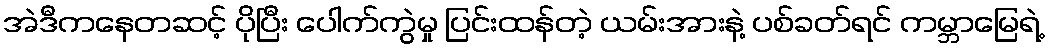
အဲဒီကနေတဆင့် ပိုပြီး ပေါက်ကွဲမှု ပြင်းထန်တဲ့ ယမ်းအားနဲ့ ပစ်ခတ်ရင် ကမ္ဘာမြေရဲ့